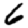
Digit: 6